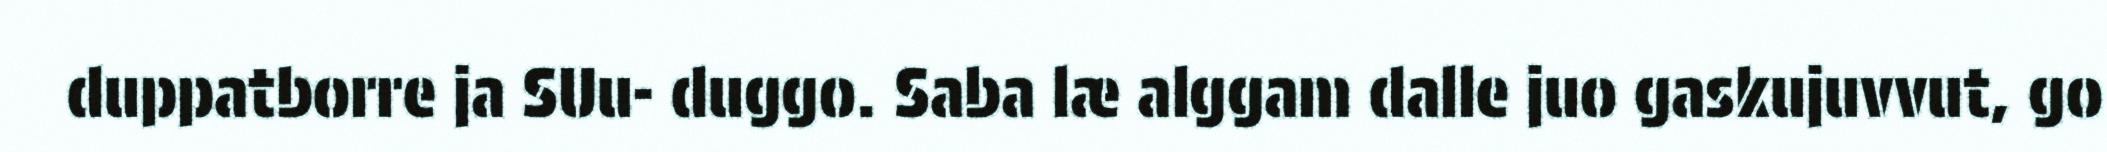
duppatborre ja SUu- duggo. Saba læ alggam dalle juo gaskujuvvut, go